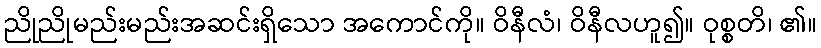
ညိုညိုမည်းမည်းအဆင်းရှိသော အကောင်ကို။ ဝိနီလံ၊ ဝိနီလဟူ၍။ ဝုစ္စတိ၊ ၏။